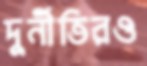
দুর্নীতিরও